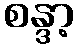
စန္ဒာ့